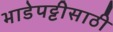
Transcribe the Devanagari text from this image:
भाडेपट्टीसाठी